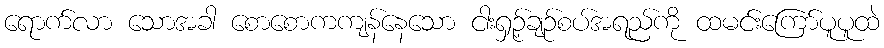
ရောက်လာ သောအခါ စောစောကကျန်နေသော ငါးရှဉ့်ချဉ်စပ်အရည်ကို ထမင်းကြော်ပူပူထဲ